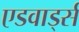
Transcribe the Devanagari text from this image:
एडवार्ड्स